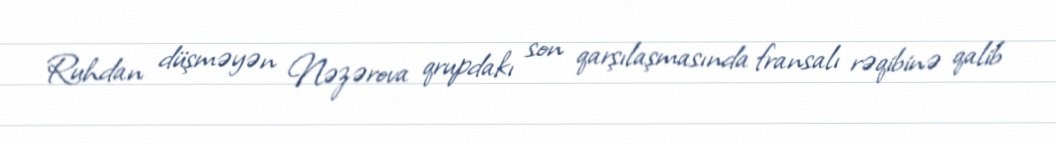
Ruhdan düşməyən Nəzərova qrupdakı son qarşılaşmasında fransalı rəqibinə qalib